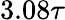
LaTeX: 3.08\tau